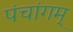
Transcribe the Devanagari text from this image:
पंचांगम्